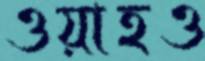
ওয়াহও